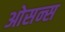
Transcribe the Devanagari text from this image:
ओसन्स